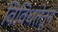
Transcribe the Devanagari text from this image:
विविधतेतून